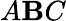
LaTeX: A\mathbf{B}C